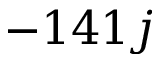
- 1 4 1 j